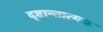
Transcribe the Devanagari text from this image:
दृष्टान्तात्मक